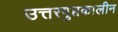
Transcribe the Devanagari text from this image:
उत्तरगुप्तकालीन